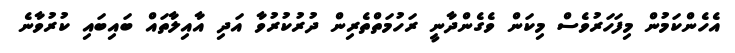
އެހެންކަމުން މިފަހަރުވެސް މިކަން ވެގެންދާނީ ރަހުމަތްތެރިން ދުރުކުރުވާ އަދި އާއިލާތައް ބައިބައި ކުރުވާނެ